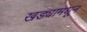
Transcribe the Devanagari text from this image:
खड्यामधून